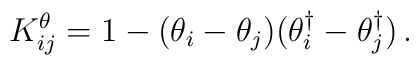
K_{ij}^\theta = 1 -(\theta_i - \theta_j)(\theta_i^\dagger - \theta_j^\dagger)\,.